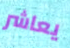
يعاشر